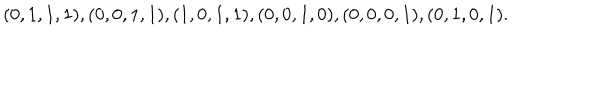
LaTeX: ( 0 , 1 , 1 , 1 ) , ( 0 , 0 , 1 , 1 ) , ( 1 , 0 , 1 , 1 ) , ( 0 , 0 , 1 , 0 ) , ( 0 , 0 , 0 , 1 ) , ( 0 , 1 , 0 , 1 ) .